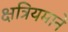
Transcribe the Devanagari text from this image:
क्षत्रियमाने